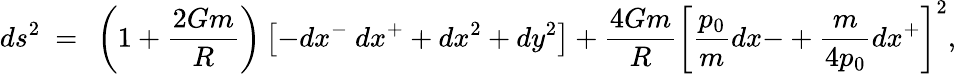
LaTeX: ds^{2}~=~\left(1+{\frac{2Gm}{R}}\right)\left[-dx^{-}~dx^{+}+dx^{2}+dy^{2}\right]+{\frac{4Gm}{R}}\left[{\frac{p_{0}}{m}}dx{-}+{\frac{m}{4p_{0}}}dx^{+}\right]^{2},